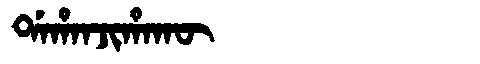
Manchu: ᡩᠠᡥᠠᠨᠵᡳᡥᠠᡴᡡ
Romanization: DAHANJIHAKŪ